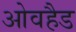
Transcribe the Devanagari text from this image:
ओवहैड